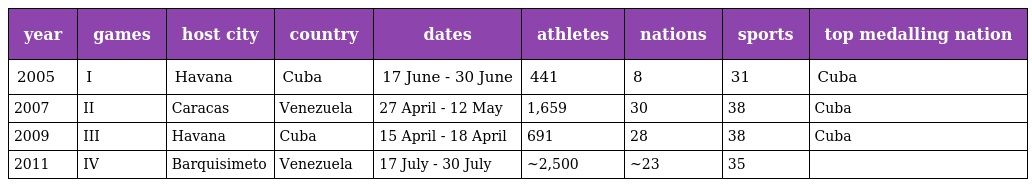
| year | games | host city | country | dates | athletes | nations | sports | top medalling nation |
 | --- | --- | --- | --- | --- | --- | --- | --- | --- |
 | 2005 | I | Havana | Cuba | 17 June - 30 June | 441 | 8 | 31 | Cuba |
 | 2007 | II | Caracas | Venezuela | 27 April - 12 May | 1,659 | 30 | 38 | Cuba |
 | 2009 | III | Havana | Cuba | 15 April - 18 April | 691 | 28 | 38 | Cuba |
 | 2011 | IV | Barquisimeto | Venezuela | 17 July - 30 July | ~2,500 | ~23 | 35 |  |